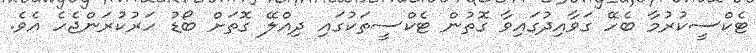
ޓެކްސީކުރުމާ ބެހޭ ގަވާއިދުގައިވާ ގޮތުން ޓެކްސީތަކުގައި ދިއްލޭ ގޮތަށް ބޯޑު ހަރުކުރަންޖެހެ އެވެ.